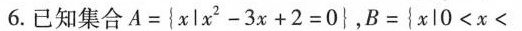
6.已知集合$$A = { x l x ^ { 2 } - 3 x +2 = 0 }$$，$$B = { x | 0 < x <